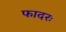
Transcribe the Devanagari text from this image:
फादरः